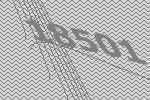
18501